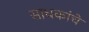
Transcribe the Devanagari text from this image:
साधकांचे